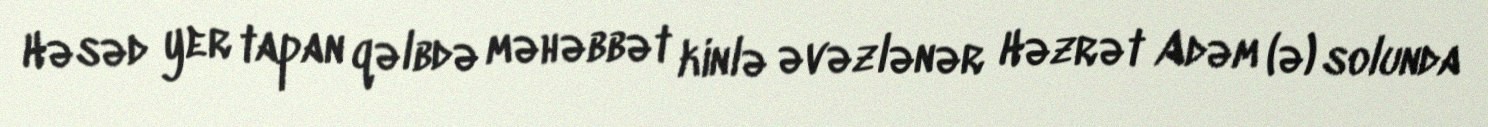
Həsəd yer tapan qəlbdə məhəbbət kinlə əvəzlənər Həzrət Adəm (ə) solunda